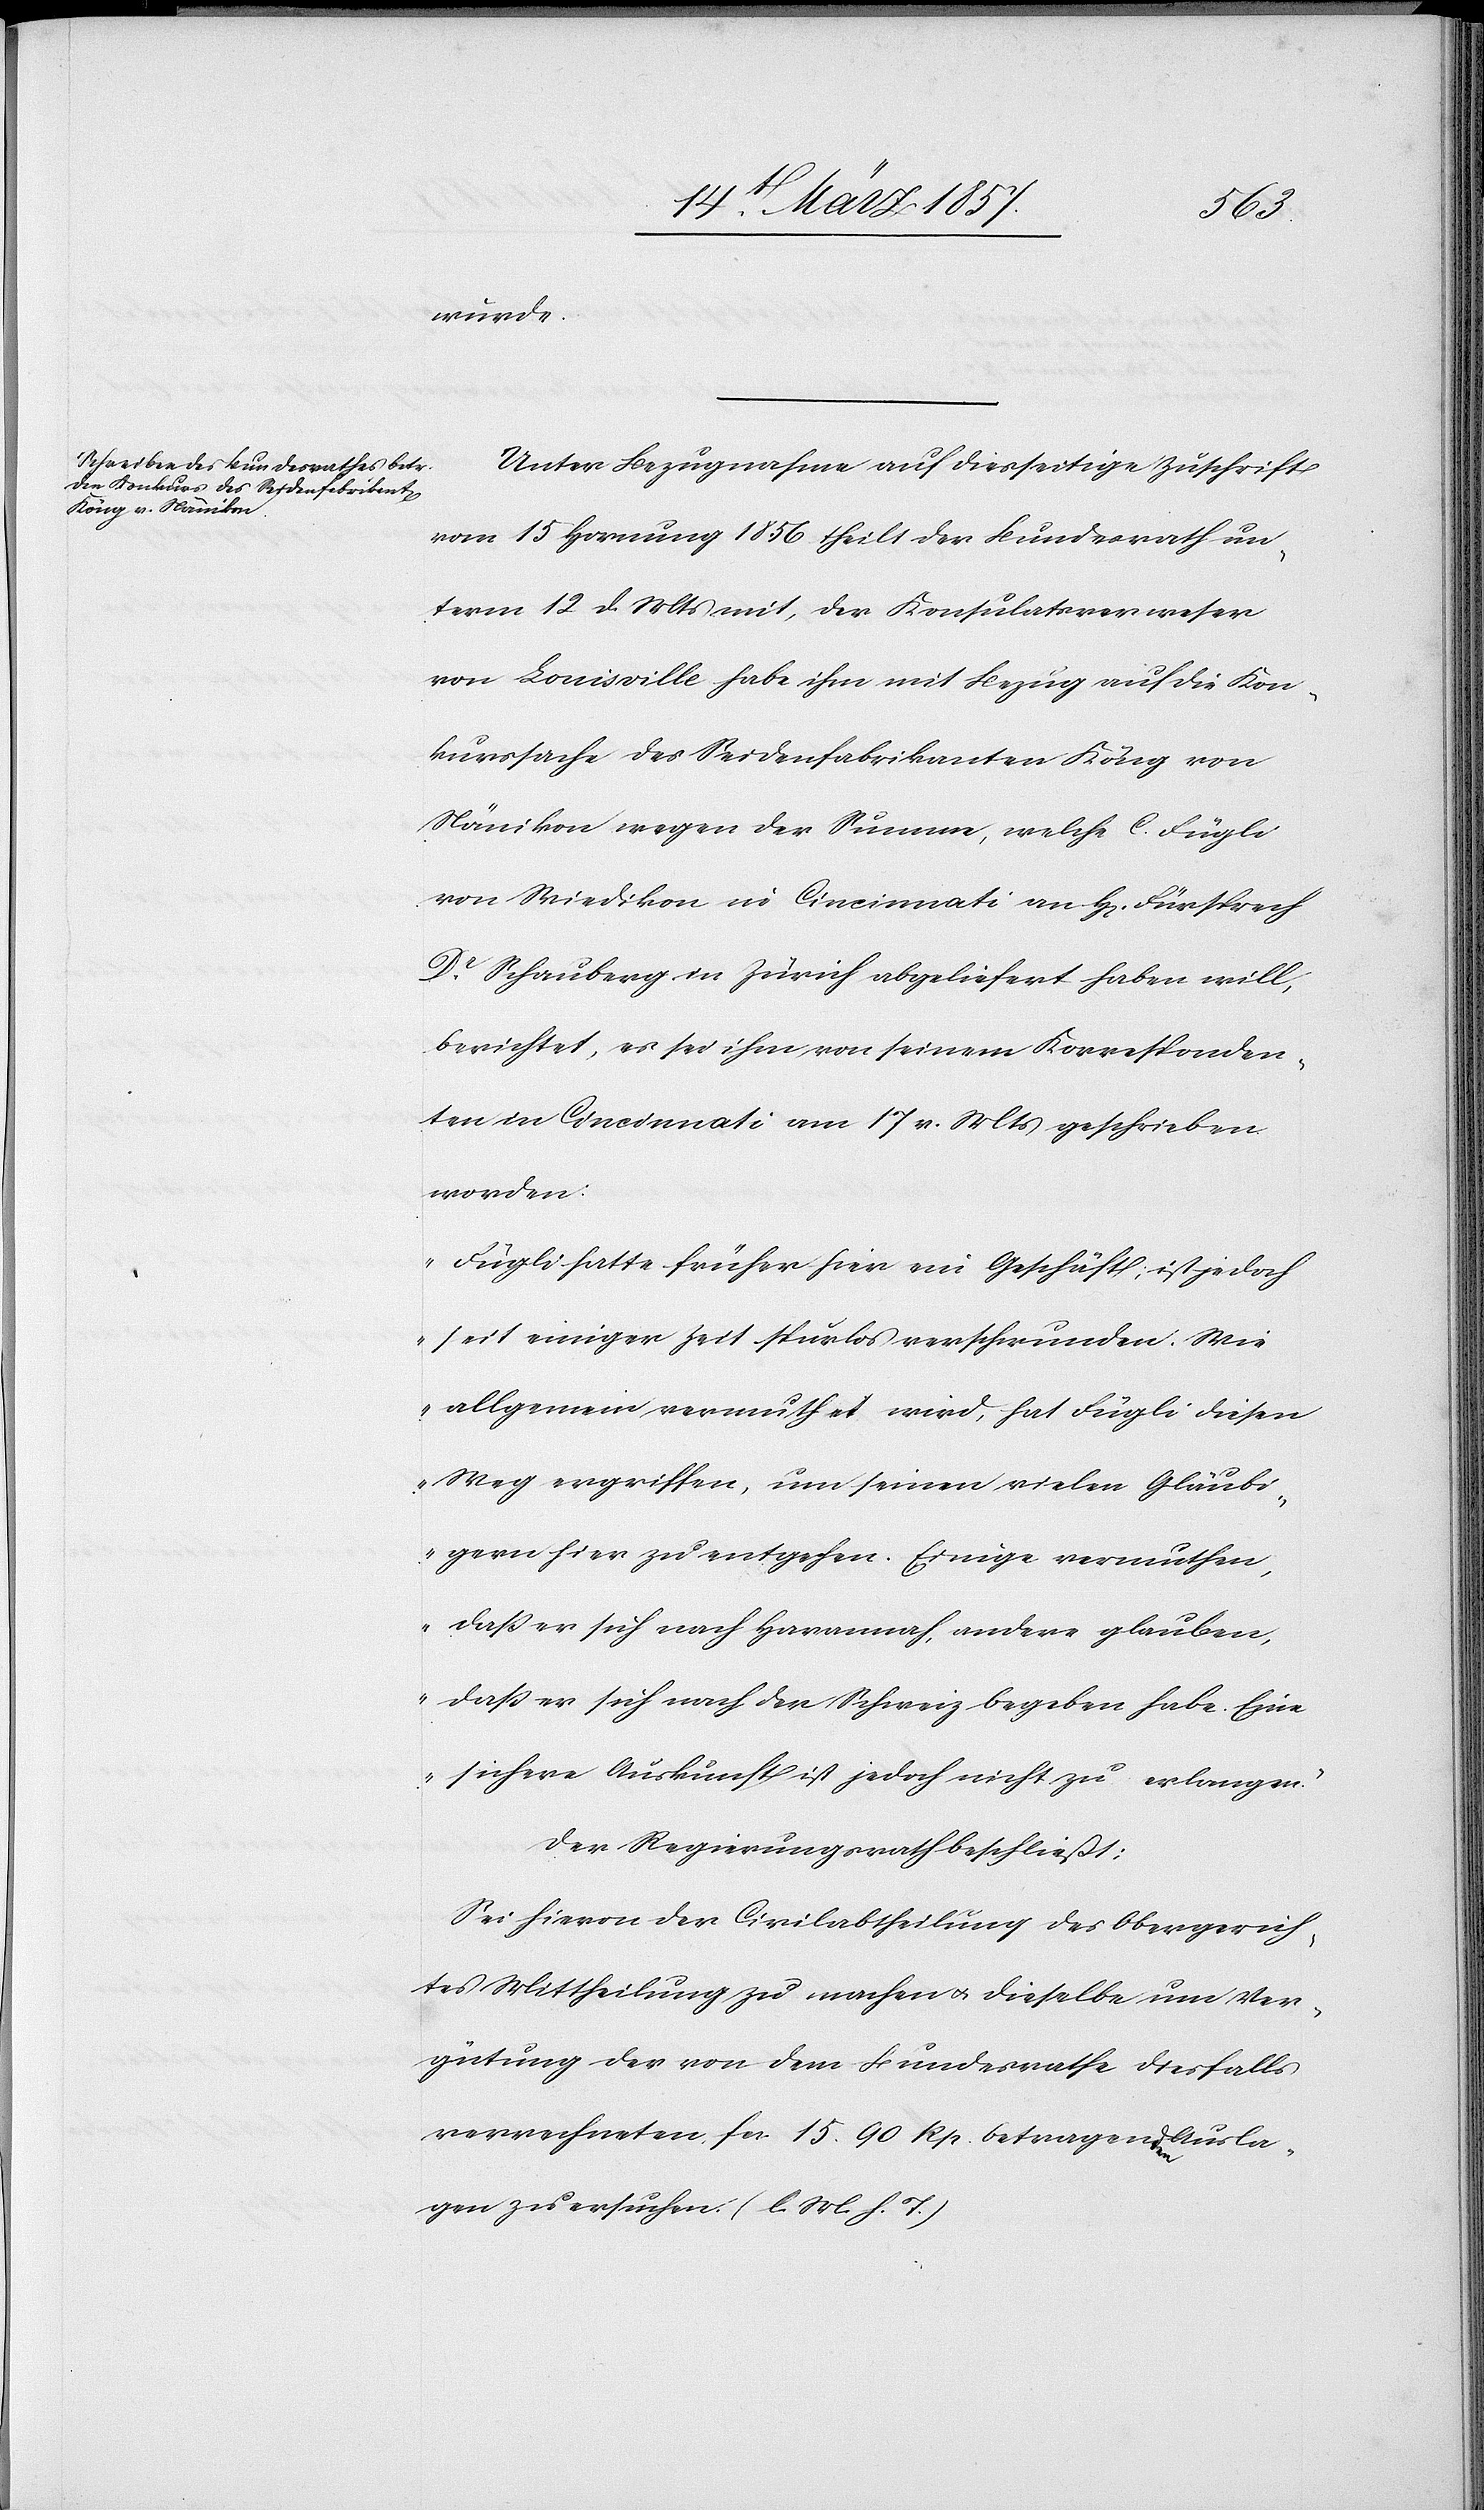
wurde.
Unter Bezugnahme auf diesseitige Zuschrift
vom 15 Hornung 1856 theilt der Bundesrath un¬
term 12 d. Mts mit, der Konsulatsverweser
von Louisville habe ihm mit Bezug auf die Kon¬
kurssache des Seidenfabrikanten Köng von
Nänikon wegen der Summe, welche C. Fügli
von Wiedikon in Cincinnati von H[errn] Fürsprech
Dr Schauberg in Zürich abgeliefert haben will,
berichtet, es sei ihm von seinem Korresponden¬
ten in Cincinnati am 17 v. Mts geschrieben
worden:
„Fügli hatte früher hier ein Geschäft; ist jedoch
seit einiger Zeit spurlos verschwunden. Wie
allgemein vermuthet wird, hat Fügli diesen
Weg ergriffen, um seinen vielen Gläubi¬
gern hier zu entgehen. Einige vermuthen,
daß er sich nach Havannah, andere glauben
daß er sich nach der Schweiz begeben habe. Eine
sichere Auskunft ist jedoch nicht zu erlangen.“
Der Regierungsrath beschließt:
Sei hievon der Civilabtheilung des Obergerich¬
tes Mittheilung zu machen u. dieselbe um Ver¬
gütung der von dem Bundesrathe diesfalls
verrechneten fr. 15. 90 Rp. betragenden Ausla¬
gen zu ersuchen. (l. M. h. T.)